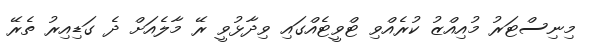
މިނިސްޓަރު މުއިއްޒު ކުރެއްވި ޓްވީޓެއްގައި ވިދާޅުވީ ރޭ މާލެއަށް ދެ ގަޑިއިރު ތެރޭ